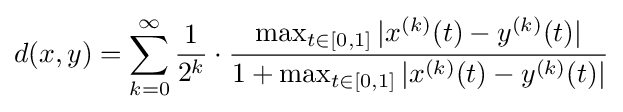
d(x,y)=\sum _{k=0}^{\infty }{\frac {1}{2^{k}}}\cdot {\frac {\max _{t\in [0,1]}|x^{(k)}(t)-y^{(k)}(t)|}{1+\max _{t\in [0,1]}|x^{(k)}(t)-y^{(k)}(t)|}}